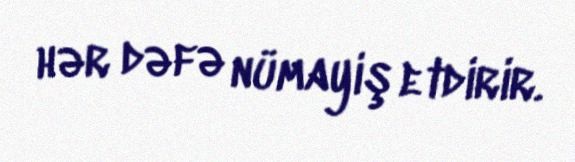
hər dəfə nümayiş etdirir.